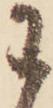
わ